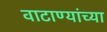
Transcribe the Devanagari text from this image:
वाटाण्यांच्या